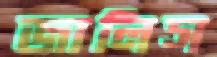
জালিস